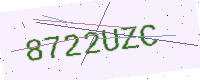
Text: 8722UZC